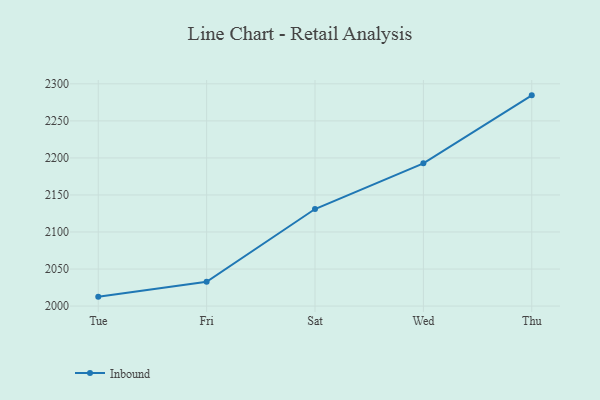
{"axis": {"x": "Day", "y": "Net Income (USD K)"}, "legend": ["Inbound"], "data": [{"x": "Tue", "y": 2012.7, "type": "Inbound"}, {"x": "Fri", "y": 2032.8, "type": "Inbound"}, {"x": "Sat", "y": 2131.0, "type": "Inbound"}, {"x": "Wed", "y": 2192.7, "type": "Inbound"}, {"x": "Thu", "y": 2284.5, "type": "Inbound"}]}